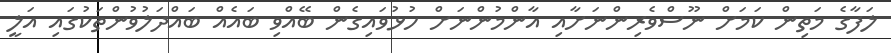
ލަފާގެ މަތިން ކަމަށް ނޫސްވެރިންނަށާއި އާންމުންނަށް ހުޅުވައިގެން ބޭއްވި ބައެއް ބައްދަލުވުންތަކުގައި އަލީ